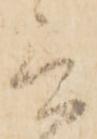
言